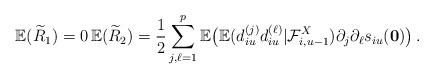
LaTeX: \begin{align*}{\mathbb{E}}({\widetilde{R}}_{1})=0\,{\mathbb{E}}({\widetilde{R}}_{2})=\frac{1}{2}\sum_{j,\ell=1}^{p}{\mathbb{E}}\big ({\mathbb{E}}(d_{iu}^{(j)}d_{iu}^{(\ell)}|{\mathcal{F}}_{i,u-1}^{X})\partial_{j}\partial_{\ell}s_{iu}({\mathbf{0}})\big )\,. \end{align*}